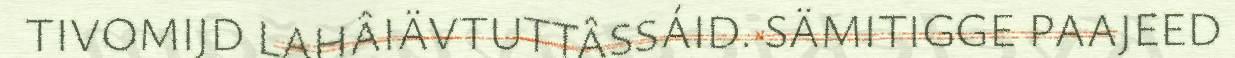
TIVOMIJD LAHÂIÄVTUTTÂSSÁID. SÄMITIGGE PAAJEED